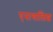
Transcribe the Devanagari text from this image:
एनागालिश